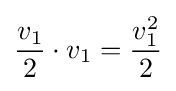
{\frac {v_{1}}{2}}\cdot v_{1}={\frac {v_{1}^{2}}{2}}